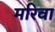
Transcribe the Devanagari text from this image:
मरिवा